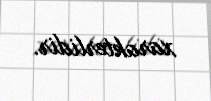
xarakterlidir.